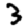
Digit: 3